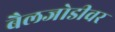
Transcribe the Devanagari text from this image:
बैलजोडीवर